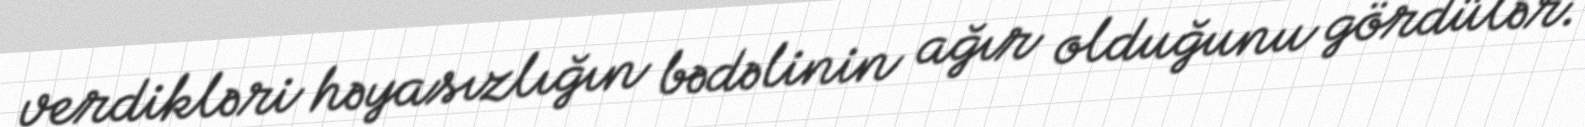
verdikləri həyasızlığın bədəlinin ağır olduğunu gördülər.